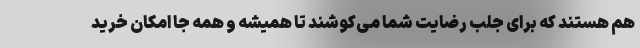
هم هستند که برای جلب رضایت شما می‌کوشند تا همیشه و همه جا امکان خرید